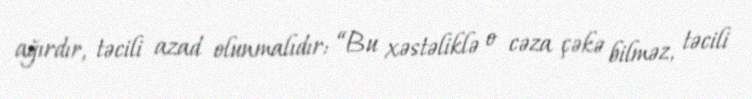
ağırdır, təcili azad olunmalıdır: “Bu xəstəliklə o cəza çəkə bilməz, təcili